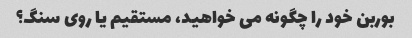
بوربن خود را چگونه می خواهید، مستقیم یا روی سنگ؟